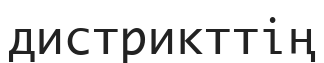
дистрикттің